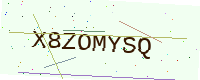
Text: X8ZOMYSQ